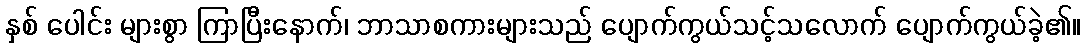
နှစ် ပေါင်း များစွာ ကြာပြီးနောက်၊ ဘာသာစကားများသည် ပျောက်ကွယ်သင့်သလောက် ပျောက်ကွယ်ခဲ့၏။